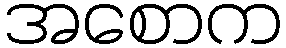
အစောက